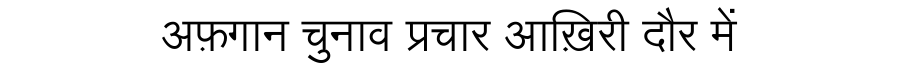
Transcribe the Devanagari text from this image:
अफ़गान चुनाव प्रचार आख़िरी दौर में